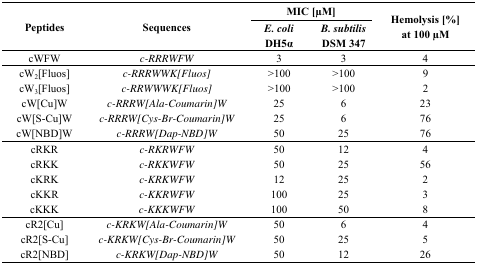
<table><thead><tr><td rowspan="2"><b>Peptides</b></td><td rowspan="2"><b>Sequences</b></td><td colspan="2"><b>MIC [μM]</b></td><td rowspan="2"><b>Hemolysis [%]at 100 μM</b></td></tr><tr><td><b><i>E. coli</i>DH5α</b></td><td><b><i>B. subtilis</i>DSM 347</b></td></tr></thead><tbody><tr><td>cWFW</td><td><i>c-RRRWFW</i></td><td>3</td><td>3</td><td>4</td></tr><tr><td>cW<sub>2</sub>[Fluos]</td><td><i>c-RRRWWK[Fluos]</i></td><td>&gt;100</td><td>&gt;100</td><td>9</td></tr><tr><td>cW<sub>3</sub>[Fluos]</td><td><i>c-RRWWWK[Fluos]</i></td><td>&gt;100</td><td>&gt;100</td><td>2</td></tr><tr><td>cW[Cu]W</td><td><i>c-RRRW[Ala-Coumarin]W</i></td><td>25</td><td>6</td><td>23</td></tr><tr><td>cW[S-Cu]W</td><td><i>c-RRRW[Cys-Br-Coumarin]W</i></td><td>25</td><td>6</td><td>76</td></tr><tr><td>cW[NBD]W</td><td><i>c-RRRW[Dap-NBD]W</i></td><td>50</td><td>25</td><td>76</td></tr><tr><td>cRKR</td><td><i>c-RKRWFW</i></td><td>50</td><td>12</td><td>4</td></tr><tr><td>cRKK</td><td><i>c-RKKWFW</i></td><td>50</td><td>25</td><td>56</td></tr><tr><td>cKRK</td><td><i>c-KRKWFW</i></td><td>12</td><td>25</td><td>2</td></tr><tr><td>cKKR</td><td><i>c-KKRWFW</i></td><td>100</td><td>25</td><td>3</td></tr><tr><td>cKKK</td><td><i>c-KKKWFW</i></td><td>100</td><td>50</td><td>8</td></tr><tr><td>cR2[Cu]</td><td><i>c-KRKW[Ala-Coumarin]W</i></td><td>50</td><td>6</td><td>4</td></tr><tr><td>cR2[S-Cu]</td><td><i>c-KRKW[Cys-Br-Coumarin]W</i></td><td>50</td><td>25</td><td>5</td></tr><tr><td>cR2[NBD]</td><td><i>c-KRKW[Dap-NBD]W</i></td><td>50</td><td>12</td><td>26</td></tr></tbody></table>